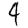
Digit: 4